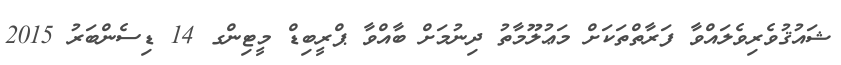
ޝައުޤުވެރިވެލައްވާ ފަރާތްތަކަށް މަޢުލޫމާތު ދިނުމަށް ބާއްވާ ޕްރީބިޑް މީޓިންގ 14 ޑިސެންބަރު 2015